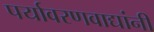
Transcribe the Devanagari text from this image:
पर्यावरणवाद्यांनी